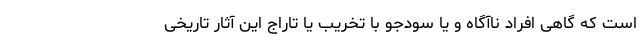
است که گاهی افراد ناآگاه و یا سودجو با تخریب یا تاراج این آثار تاریخی